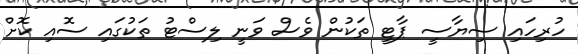
ހުރިހައި ސިޔާސީ ޕާޓީ ތަކުން ވެސް ވަނީ ލިސްޓު ތަކުގައި ސޮއި ކޮށް